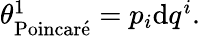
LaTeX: \begin{array}{r}{\theta_{\mathrm{Poincar\acute{e}}}^{1}=p_{i}\mathrm{d}q^{i}.}\end{array}